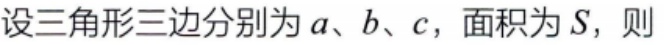
设三角形三边分别为\(a\)、\(b\)、\(c\)，面积为\(S\)，则